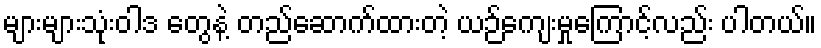
များများသုံးဝါဒ တွေနဲ့ တည်ဆောက်ထားတဲ့ ယဉ်ကျေးမှုကြောင့်လည်း ပါတယ်။